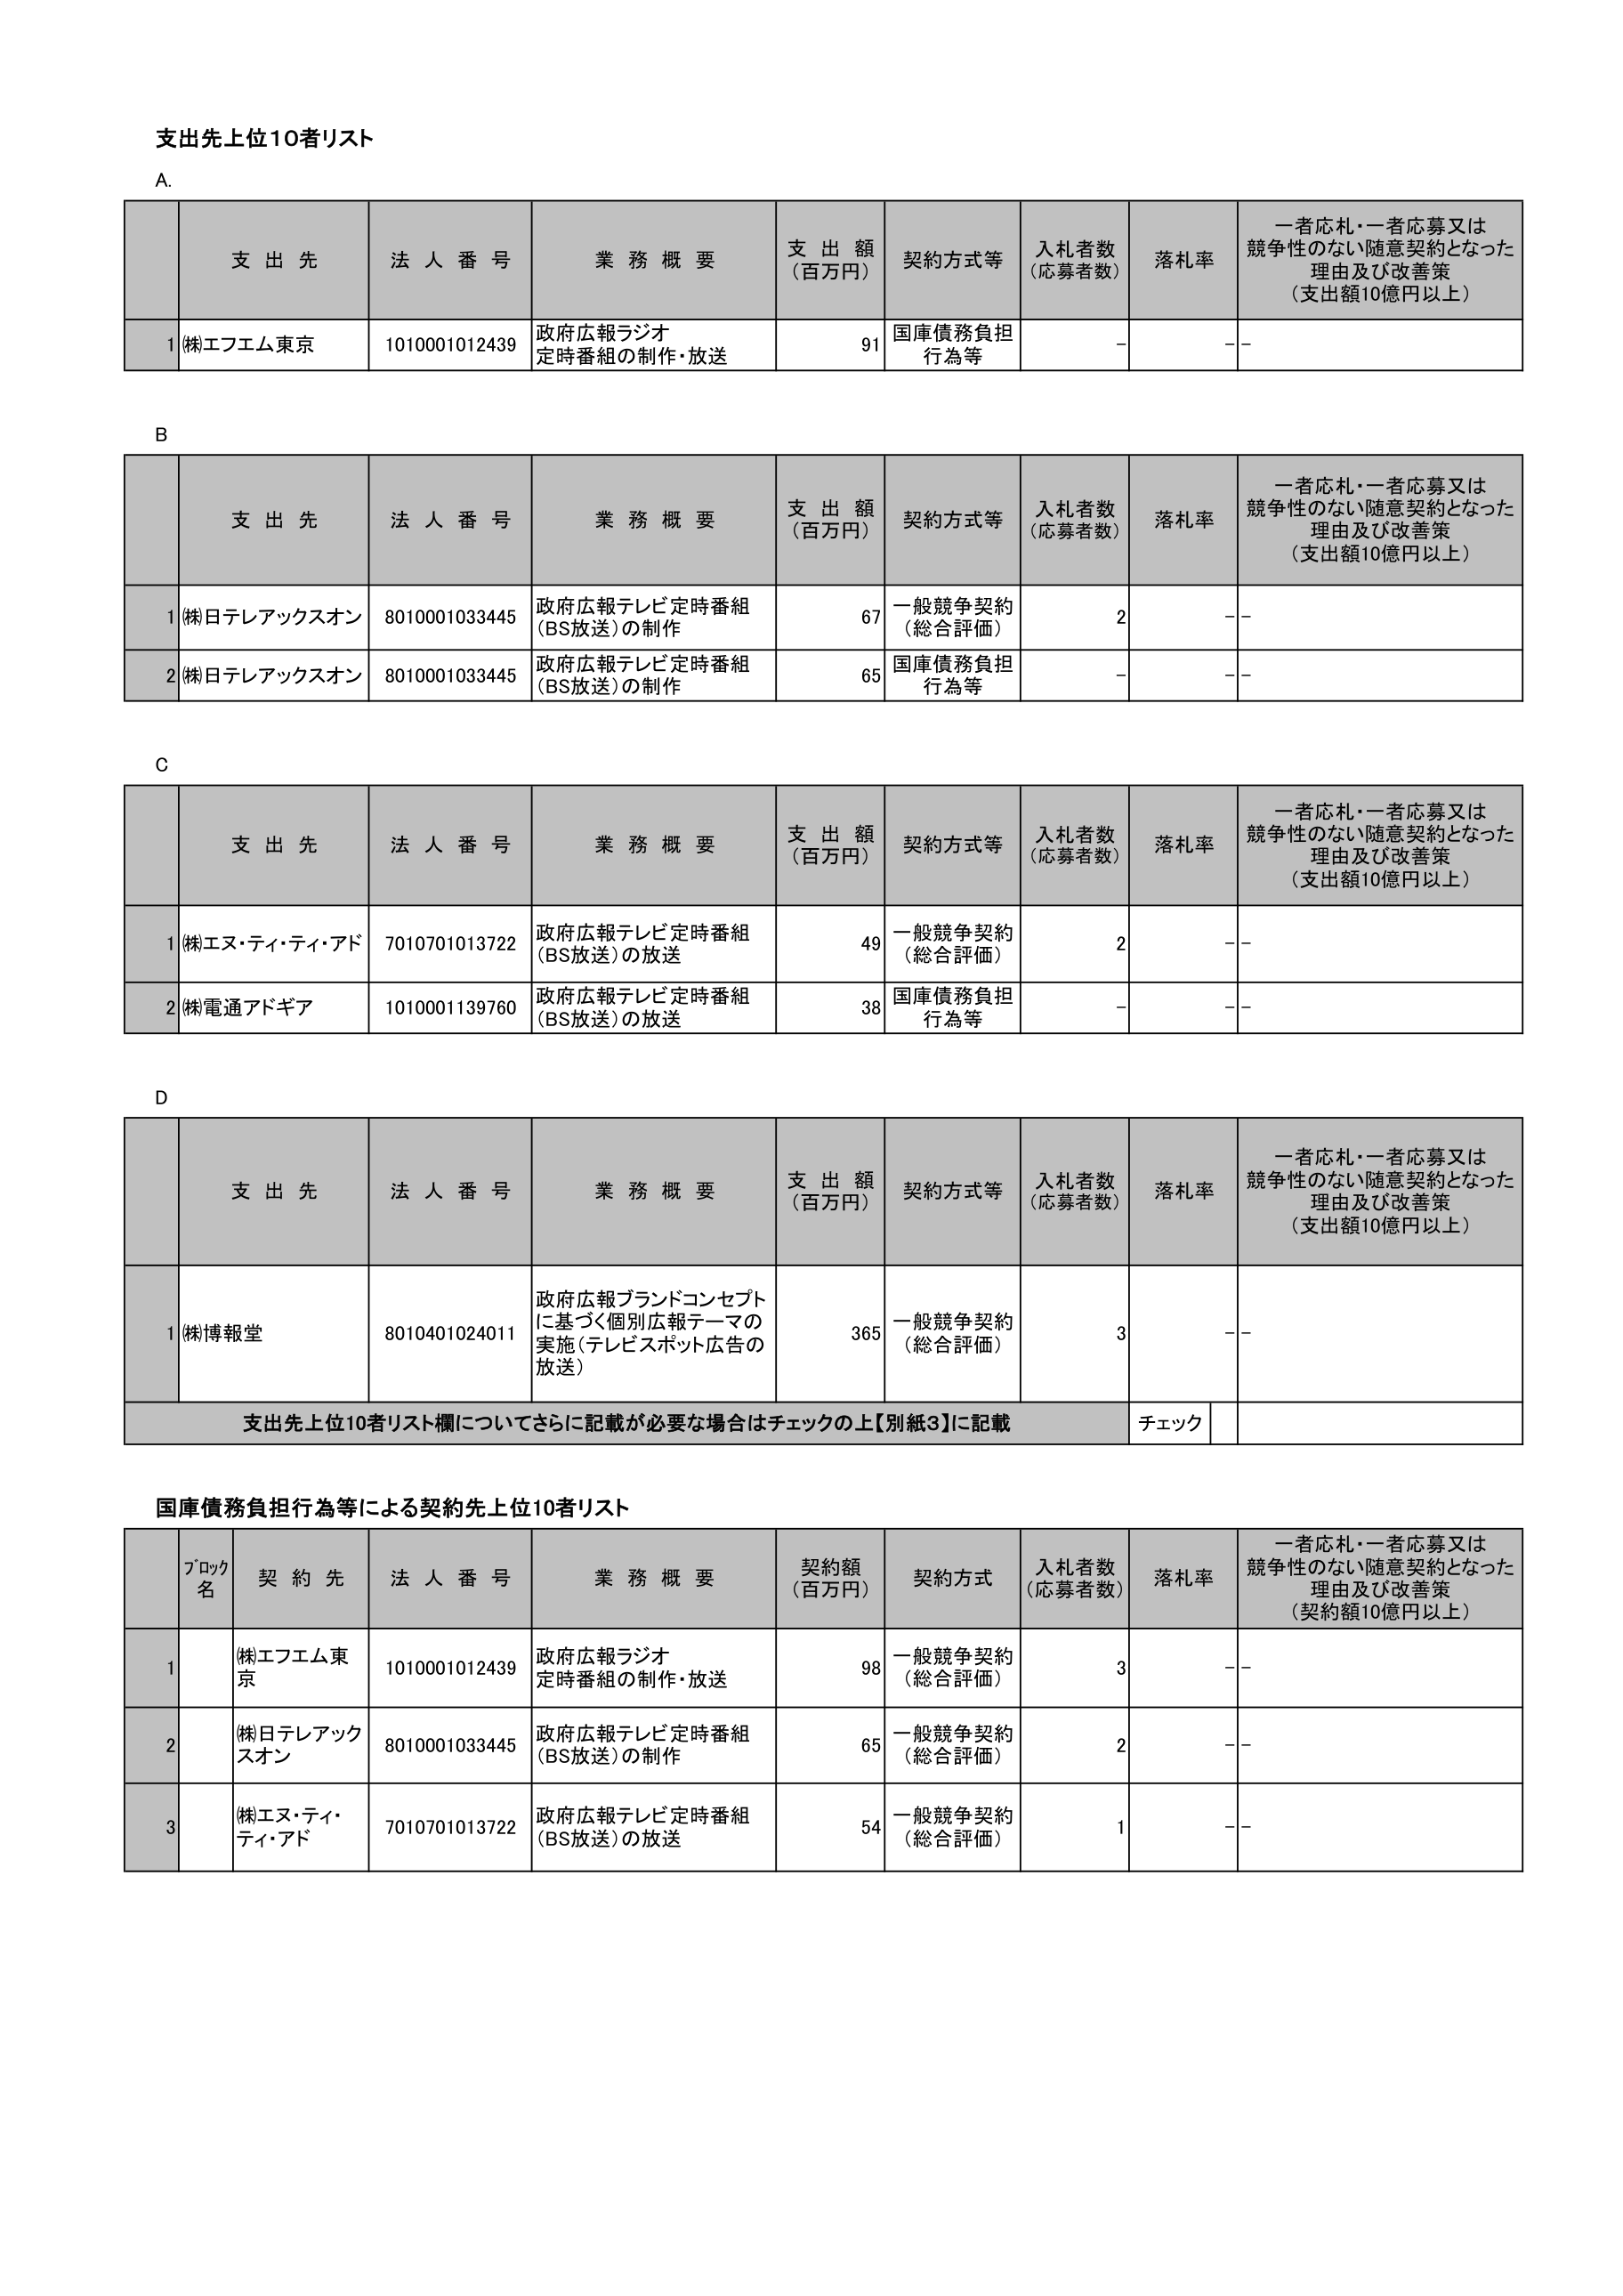
支出先上位10者リスト

A.
支 出 先 法 人 番 号 業 務 概 要 支 出 額 （百万円） 契約方式等 入札者数 （応募者数） 落札率 一者応札・一者応募又は 競争性のない随意契約となった 理由及び改善策 （支出額10億円以上）
1 (株)エフエム東京 1010001012439 政府広報ラジオ 定時番組の制作・放送 91 国庫債務負担 行為等 - --

B
支 出 先 法 人 番 号 業 務 概 要 支 出 額 （百万円） 契約方式等 入札者数 （応募者数） 落札率 一者応札・一者応募又は 競争性のない随意契約となった 理由及び改善策 （支出額10億円以上）
1 (株)日テレアックスオン 8010001033445 政府広報テレビ定時番組 （BS放送）の制作 67 一般競争契約 （総合評価） 2 --
2 (株)日テレアックスオン 8010001033445 政府広報テレビ定時番組 （BS放送）の制作 65 国庫債務負担 行為等 - --

C
支 出 先 法 人 番 号 業 務 概 要 支 出 額 （百万円） 契約方式等 入札者数 （応募者数） 落札率 一者応札・一者応募又は 競争性のない随意契約となった 理由及び改善策 （支出額10億円以上）
1 (株)エヌ・ティ・ティ・アド 7010701013722 政府広報テレビ定時番組 （BS放送）の放送 49 一般競争契約 （総合評価） 2 --
2 (株)電通アドギア 1010001139760 政府広報テレビ定時番組 （BS放送）の放送 38 国庫債務負担 行為等 - --

D
支 出 先 法 人 番 号 業 務 概 要 支 出 額 （百万円） 契約方式等 入札者数 （応募者数） 落札率 一者応札・一者応募又は 競争性のない随意契約となった 理由及び改善策 （支出額10億円以上）
1 (株)博報堂 8010401024011 政府広報ブランドコンセプト に基づく個別広報テーマの 実施（テレビスポット広告の 放送） 365 一般競争契約 （総合評価） 3 --
支出先上位10者リスト欄についてさらに記載が必要な場合はチェックの上【別紙3】に記載 チェック

国庫債務負担行為等による契約先上位10者リスト
ブロック 名 契 約 先 法 人 番 号 業 務 概 要 契約額 （百万円） 契約方式 入札者数 （応募者数） 落札率 一者応札・一者応募又は 競争性のない随意契約となった 理由及び改善策 （契約額10億円以上）
1 (株)エフエム東京 1010001012439 政府広報ラジオ 定時番組の制作・放送 98 一般競争契約 （総合評価） 3 --
2 (株)日テレアックスオン 8010001033445 政府広報テレビ定時番組 （BS放送）の制作 65 一般競争契約 （総合評価） 2 --
3 (株)エヌ・ティ・ティ・アド 7010701013722 政府広報テレビ定時番組 （BS放送）の放送 54 一般競争契約 （総合評価） 1 --